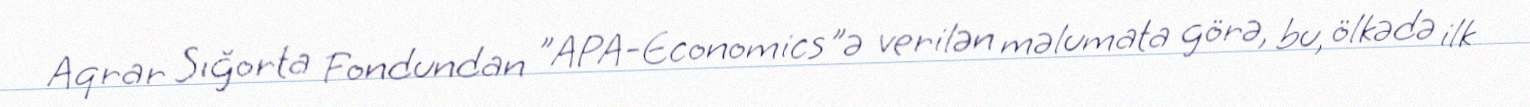
Aqrar Sığorta Fondundan "APA-Economics"ə verilən məlumata görə, bu, ölkədə ilk